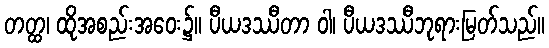
တတ္ထ၊ ထိုအစည်းအဝေး၌။ ပီယဒဿီတာ ဝါ၊ ပီယဒဿီဘုရားမြတ်သည်။